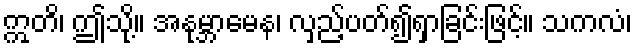
ဣတိ၊ ဤသို့။ အနုမ္ဘာမေန၊ လှည့်ပတ်၍ရှာခြင်းဖြင့်။ သကလံ၊